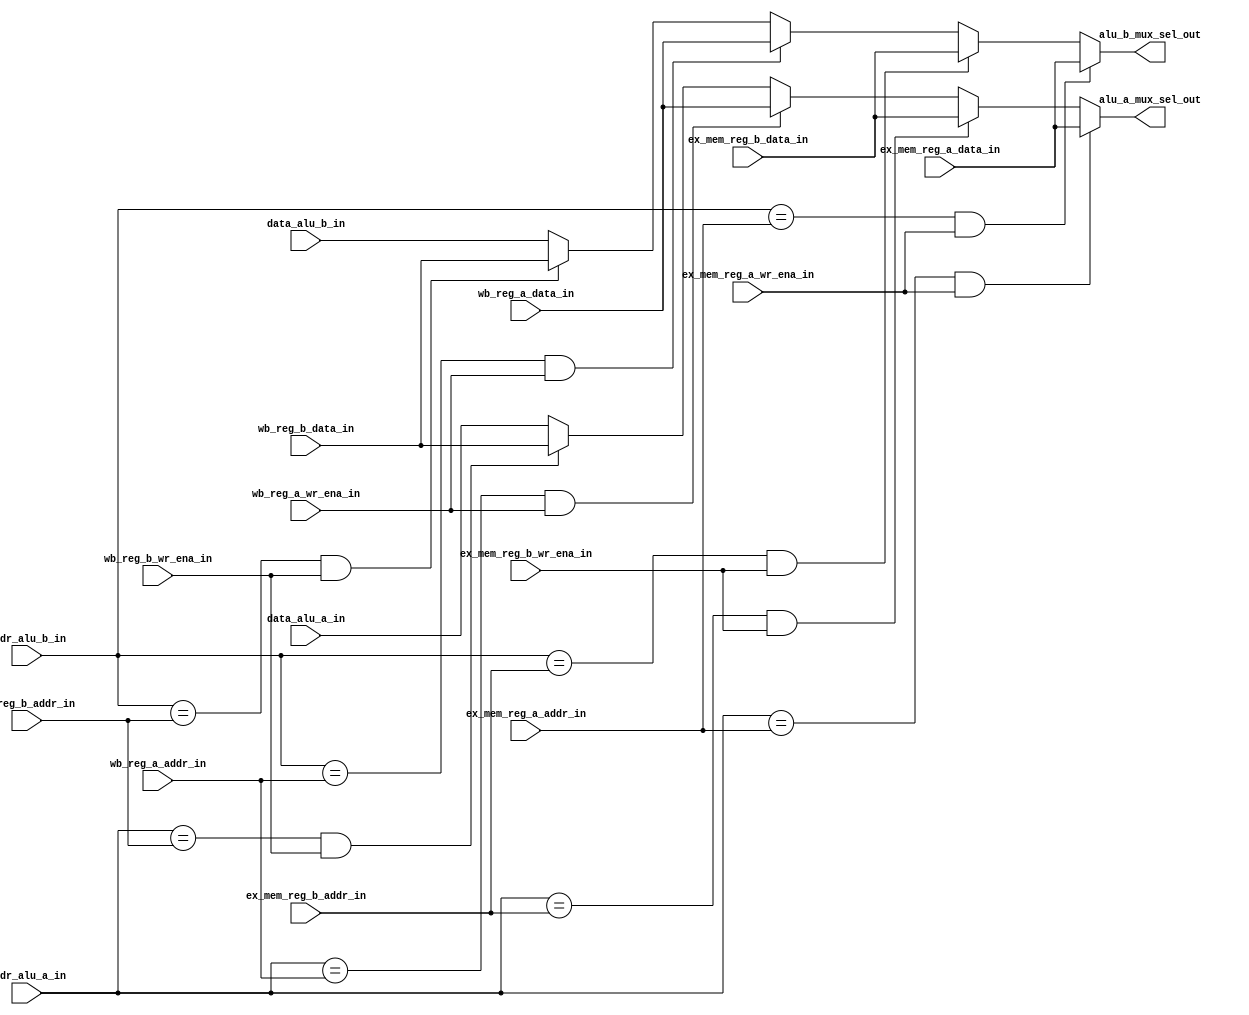
module forward_unit_1
#(
   parameter DATA_WIDTH = 32,
   parameter REG_ADDR_WIDTH = 5
 )
 (
   input [DATA_WIDTH-1:0] data_alu_a_in,
   input [DATA_WIDTH-1:0] data_alu_b_in,
   input [REG_ADDR_WIDTH-1:0] addr_alu_a_in,
   input [REG_ADDR_WIDTH-1:0] addr_alu_b_in,
   input [DATA_WIDTH-1:0] ex_mem_reg_a_data_in,
   input [DATA_WIDTH-1:0] ex_mem_reg_b_data_in,
   input [REG_ADDR_WIDTH-1:0] ex_mem_reg_a_addr_in,
   input [REG_ADDR_WIDTH-1:0] ex_mem_reg_b_addr_in,
   input ex_mem_reg_a_wr_ena_in,
   input ex_mem_reg_b_wr_ena_in,
   input [DATA_WIDTH-1:0] wb_reg_a_data_in,
   input [DATA_WIDTH-1:0] wb_reg_b_data_in,
   input [REG_ADDR_WIDTH-1:0] wb_reg_a_addr_in,
   input [REG_ADDR_WIDTH-1:0] wb_reg_b_addr_in,
   input wb_reg_a_wr_ena_in,
   input wb_reg_b_wr_ena_in,
   output reg [DATA_WIDTH-1:0] alu_a_mux_sel_out,
   output reg [DATA_WIDTH-1:0] alu_b_mux_sel_out
);
   always@(*)begin
      if((addr_alu_a_in == ex_mem_reg_a_addr_in) & ex_mem_reg_a_wr_ena_in)begin
         alu_a_mux_sel_out <= ex_mem_reg_a_data_in;
      end
      else if((addr_alu_a_in == ex_mem_reg_b_addr_in) & ex_mem_reg_b_wr_ena_in)begin
         alu_a_mux_sel_out <= ex_mem_reg_b_data_in;
      end
      else if((addr_alu_a_in == wb_reg_a_addr_in) & wb_reg_a_wr_ena_in)begin
         alu_a_mux_sel_out <= wb_reg_a_data_in;
      end
      else  if((addr_alu_a_in == wb_reg_b_addr_in) & wb_reg_b_wr_ena_in)begin
         alu_a_mux_sel_out <= wb_reg_b_data_in;
      end
      else begin
         alu_a_mux_sel_out <= data_alu_a_in;
      end
   end
   always@(*)begin
      if((addr_alu_b_in == ex_mem_reg_a_addr_in) & ex_mem_reg_a_wr_ena_in)begin
         alu_b_mux_sel_out <= ex_mem_reg_a_data_in;
      end
      else if((addr_alu_b_in == ex_mem_reg_b_addr_in) & ex_mem_reg_b_wr_ena_in)begin
         alu_b_mux_sel_out <= ex_mem_reg_b_data_in;
      end
      else if((addr_alu_b_in == wb_reg_a_addr_in) & wb_reg_a_wr_ena_in)begin
         alu_b_mux_sel_out <= wb_reg_a_data_in;
      end
      else if((addr_alu_b_in == wb_reg_b_addr_in) & wb_reg_b_wr_ena_in)begin
         alu_b_mux_sel_out <= wb_reg_b_data_in;
      end
      else begin
         alu_b_mux_sel_out <= data_alu_b_in;
      end
   end
endmodule